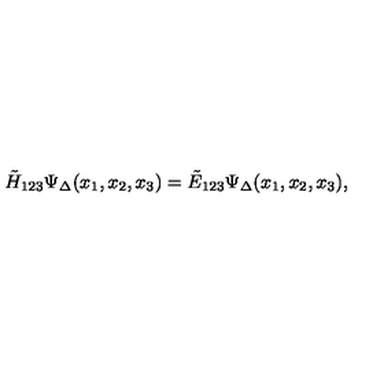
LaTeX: \tilde { H } _ { 1 2 3 } \Psi _ { \Delta } ( x _ { 1 } , x _ { 2 } , x _ { 3 } ) = \tilde { E } _ { 1 2 3 } \Psi _ { \Delta } ( x _ { 1 } , x _ { 2 } , x _ { 3 } ) ,